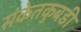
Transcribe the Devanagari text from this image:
संकेतकुबडी